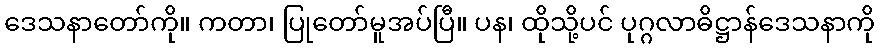
ဒေသနာတော်ကို။ ကတာ၊ ပြုတော်မူအပ်ပြီ။ ပန၊ ထိုသို့ပင် ပုဂ္ဂလာဓိဋ္ဌာန်ဒေသနာကို